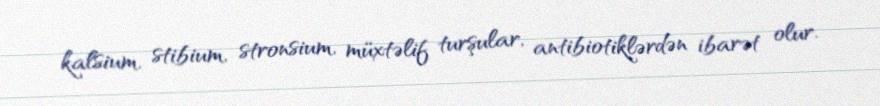
kalsium, stibium, stronsium, müxtəlif turşular, antibiotiklərdən ibarət olur.